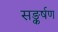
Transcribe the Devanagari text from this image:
सङ्कर्षण